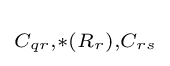
\scriptstyle C_{qr},*(R_{r}),C_{rs}